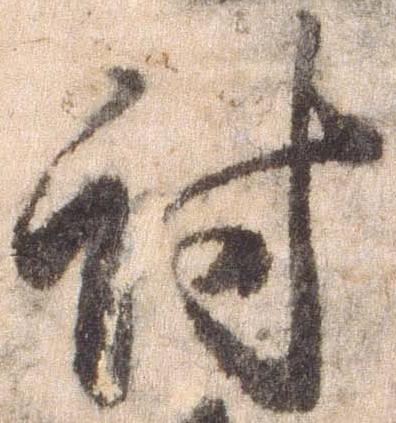
討